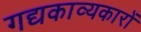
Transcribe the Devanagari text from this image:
गद्यकाव्यकारों